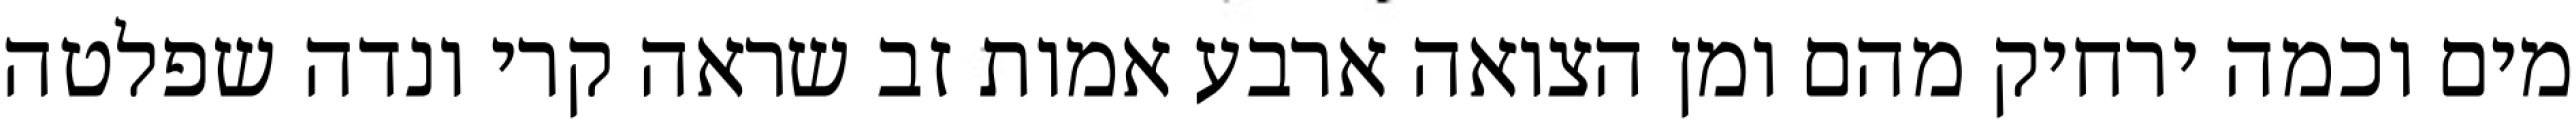
מים וכמה ירחיק מהם ומן הצואה ארבע אמות זב שראה קרי ונדה שפלטה